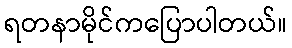
ရတနာမိုင်ကပြောပါတယ်။